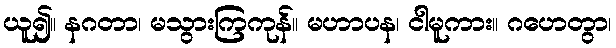
ယူ၍။ နဂတာ၊ မသွားကြကုန်။ မဟာပန၊ ငါမူကား။ ဂဟေတွာ၊